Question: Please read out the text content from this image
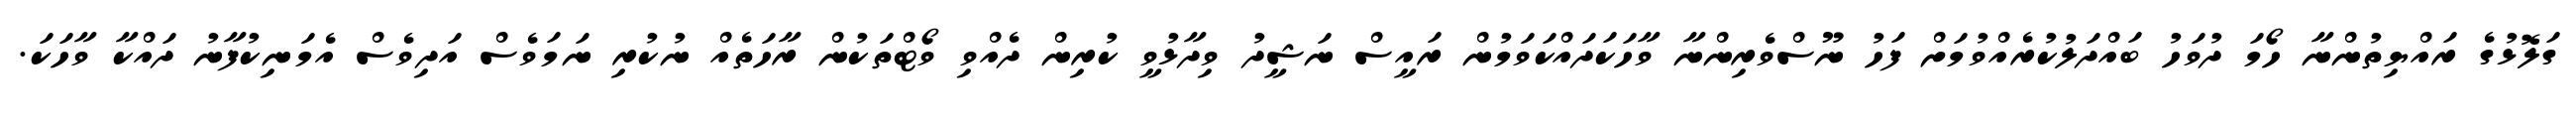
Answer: ގަލޮޅުގެ ރައްޔިތުންނާ ހޯމަ ދުވަހު ބައްދަލުކުރެއްވުމަށް ފަހު ނޫސްވެރިންނާ ވާހަކަދައްކަވަމުން ރައީސް ނަޝީދު ވިދާޅުވީ ކުރިން ދެއްވި ވޯޓްތަކުން ރާހަތެއް ނުކުރި ނަމަވެސް އަދިވެސް އެމަނިކުފާނު ދައްކާ ވާހަކަ.